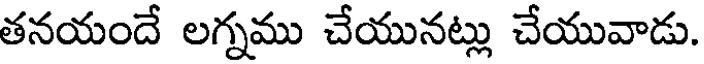
తనయందే లగ్నము చేయునట్లు చేయువాడు.